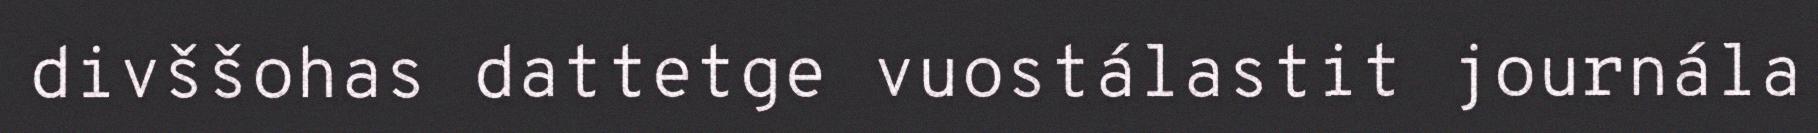
divššohas dattetge vuostálastit journála